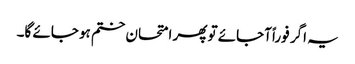
یہ اگر فوراً آجائے تو پھر امتحان ختم ہو جائے گا۔